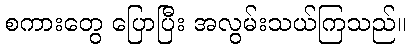
စကားတွေ ပြောပြီး အလွမ်းသယ်ကြသည်။